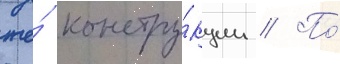
же́ констру́кции // По́